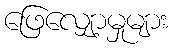
ဖြေလျှော့မှုများ